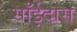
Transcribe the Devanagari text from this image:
साँईदास